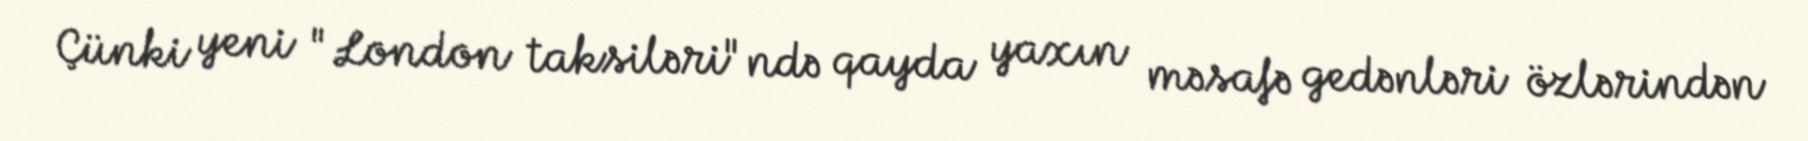
Çünki yeni "London taksiləri"ndə qayda yaxın məsafə gedənləri özlərindən